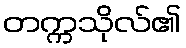
တက္ကသိုလ်၏